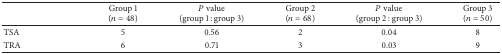
|  | Group 1(n = 48) | P value(group 1 : group 3) | Group 2(n = 68) | P value(group 2 : group 3) | Group 3(n = 50) |
 | --- | --- | --- | --- | --- | --- |
 | TSA | 5 | 0.56 | 2 | 0.04 | 8 |
 | TRA | 6 | 0.71 | 3 | 0.03 | 9 |